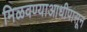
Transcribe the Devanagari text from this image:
मिळवण्याआधीपासून